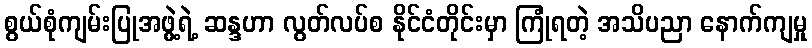
စွယ်စုံကျမ်းပြုအဖွဲ့ရဲ့ ဆန္ဒဟာ လွတ်လပ်စ နိုင်ငံတိုင်းမှာ ကြုံရတဲ့ အသိပညာ နောက်ကျမှု